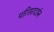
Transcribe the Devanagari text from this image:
परिसरदर्शन